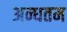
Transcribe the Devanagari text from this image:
अन्धतम